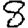
Digit: 8